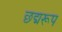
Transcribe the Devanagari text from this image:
छद्मरूप